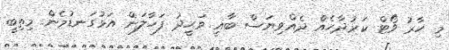
މި ހާރު ވޯޓް ކަރުދާހެއް ދެއްވިޔަސް ބާޣީ ވަޙީދު ފަހާލަން އަޅުގަނޑުމެން މިތިބީ